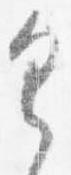
具